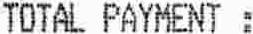
TOTAL PAYMENT :